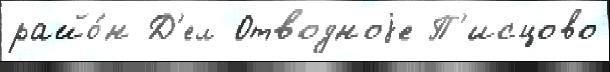
райо́н Д'ел Отводноjе П'исцово